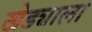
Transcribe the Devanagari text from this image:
खेड्याला